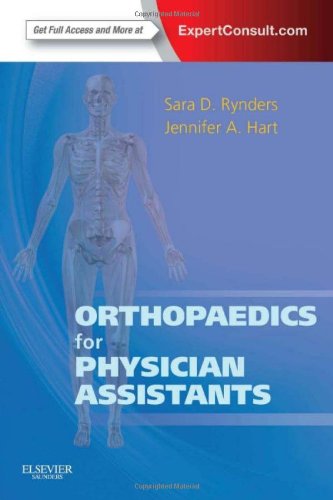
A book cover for Orthopaedics for Physician Assistants: Expert Consult - Online and Print, 1e; Sara D Rynders MPAS  PA-C; Medical Books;